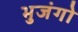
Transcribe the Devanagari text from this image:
भुजंगो